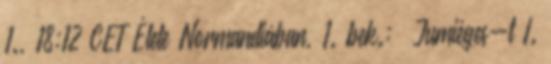
1., 18:12 CET Élete Normandiában, 1. bek.: „Jumièges-t I.